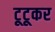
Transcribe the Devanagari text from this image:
टूटूकर